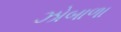
ઝોબાળા